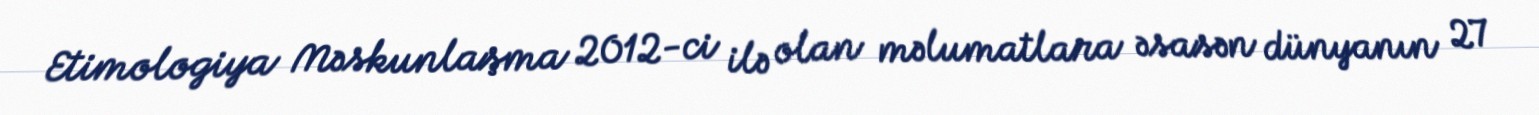
Etimologiya Məskunlaşma 2012-ci ilə olan məlumatlara əsasən dünyanın 27